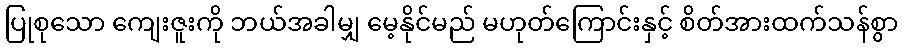
ပြုစုသော ကျေးဇူးကို ဘယ်အခါမျှ မေ့နိုင်မည် မဟုတ်ကြောင်းနှင့် စိတ်အားထက်သန်စွာ